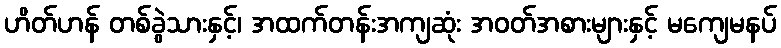
ဟိတ်ဟန် တစ်ခွဲသားနှင့်၊ အထက်တန်းအကျဆုံး အဝတ်အစားများနှင့် မကျေမနပ်